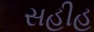
સહીહ